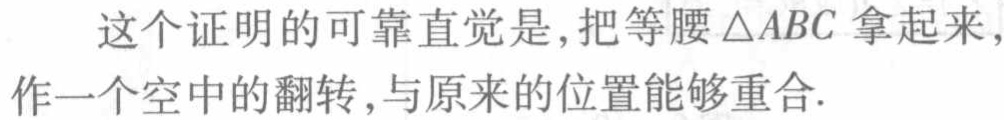
这个证明的可靠直觉是，把等腰\(\triangle ABC\)拿起来，作一个空中的翻转，与原来的位置能够重合.